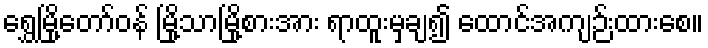
ရွှေမြို့တော်ဝန် မြို့သာမြို့စားအား ရာထူးမှချ၍ ထောင်အကျဉ်းထားစေ။